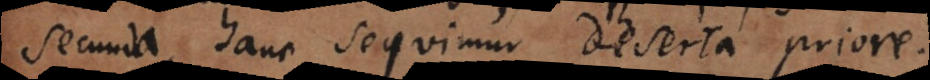
secunda, hanc sequimur deserta priore.